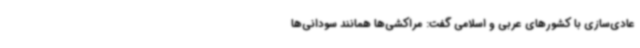
عادی‌سازی با کشورهای عربی و اسلامی گفت: مراکشی‌ها همانند سودانی‌ها